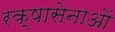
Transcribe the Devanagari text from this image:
रक्षासेनाओं